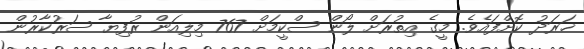
ޚަރަދު ކޮށްފައެވެ. މީގެ އިތުރަށް ލޯން ސްކީމަށް 767 މިލިއަން ރުފިޔާ ސަރުކާރުން